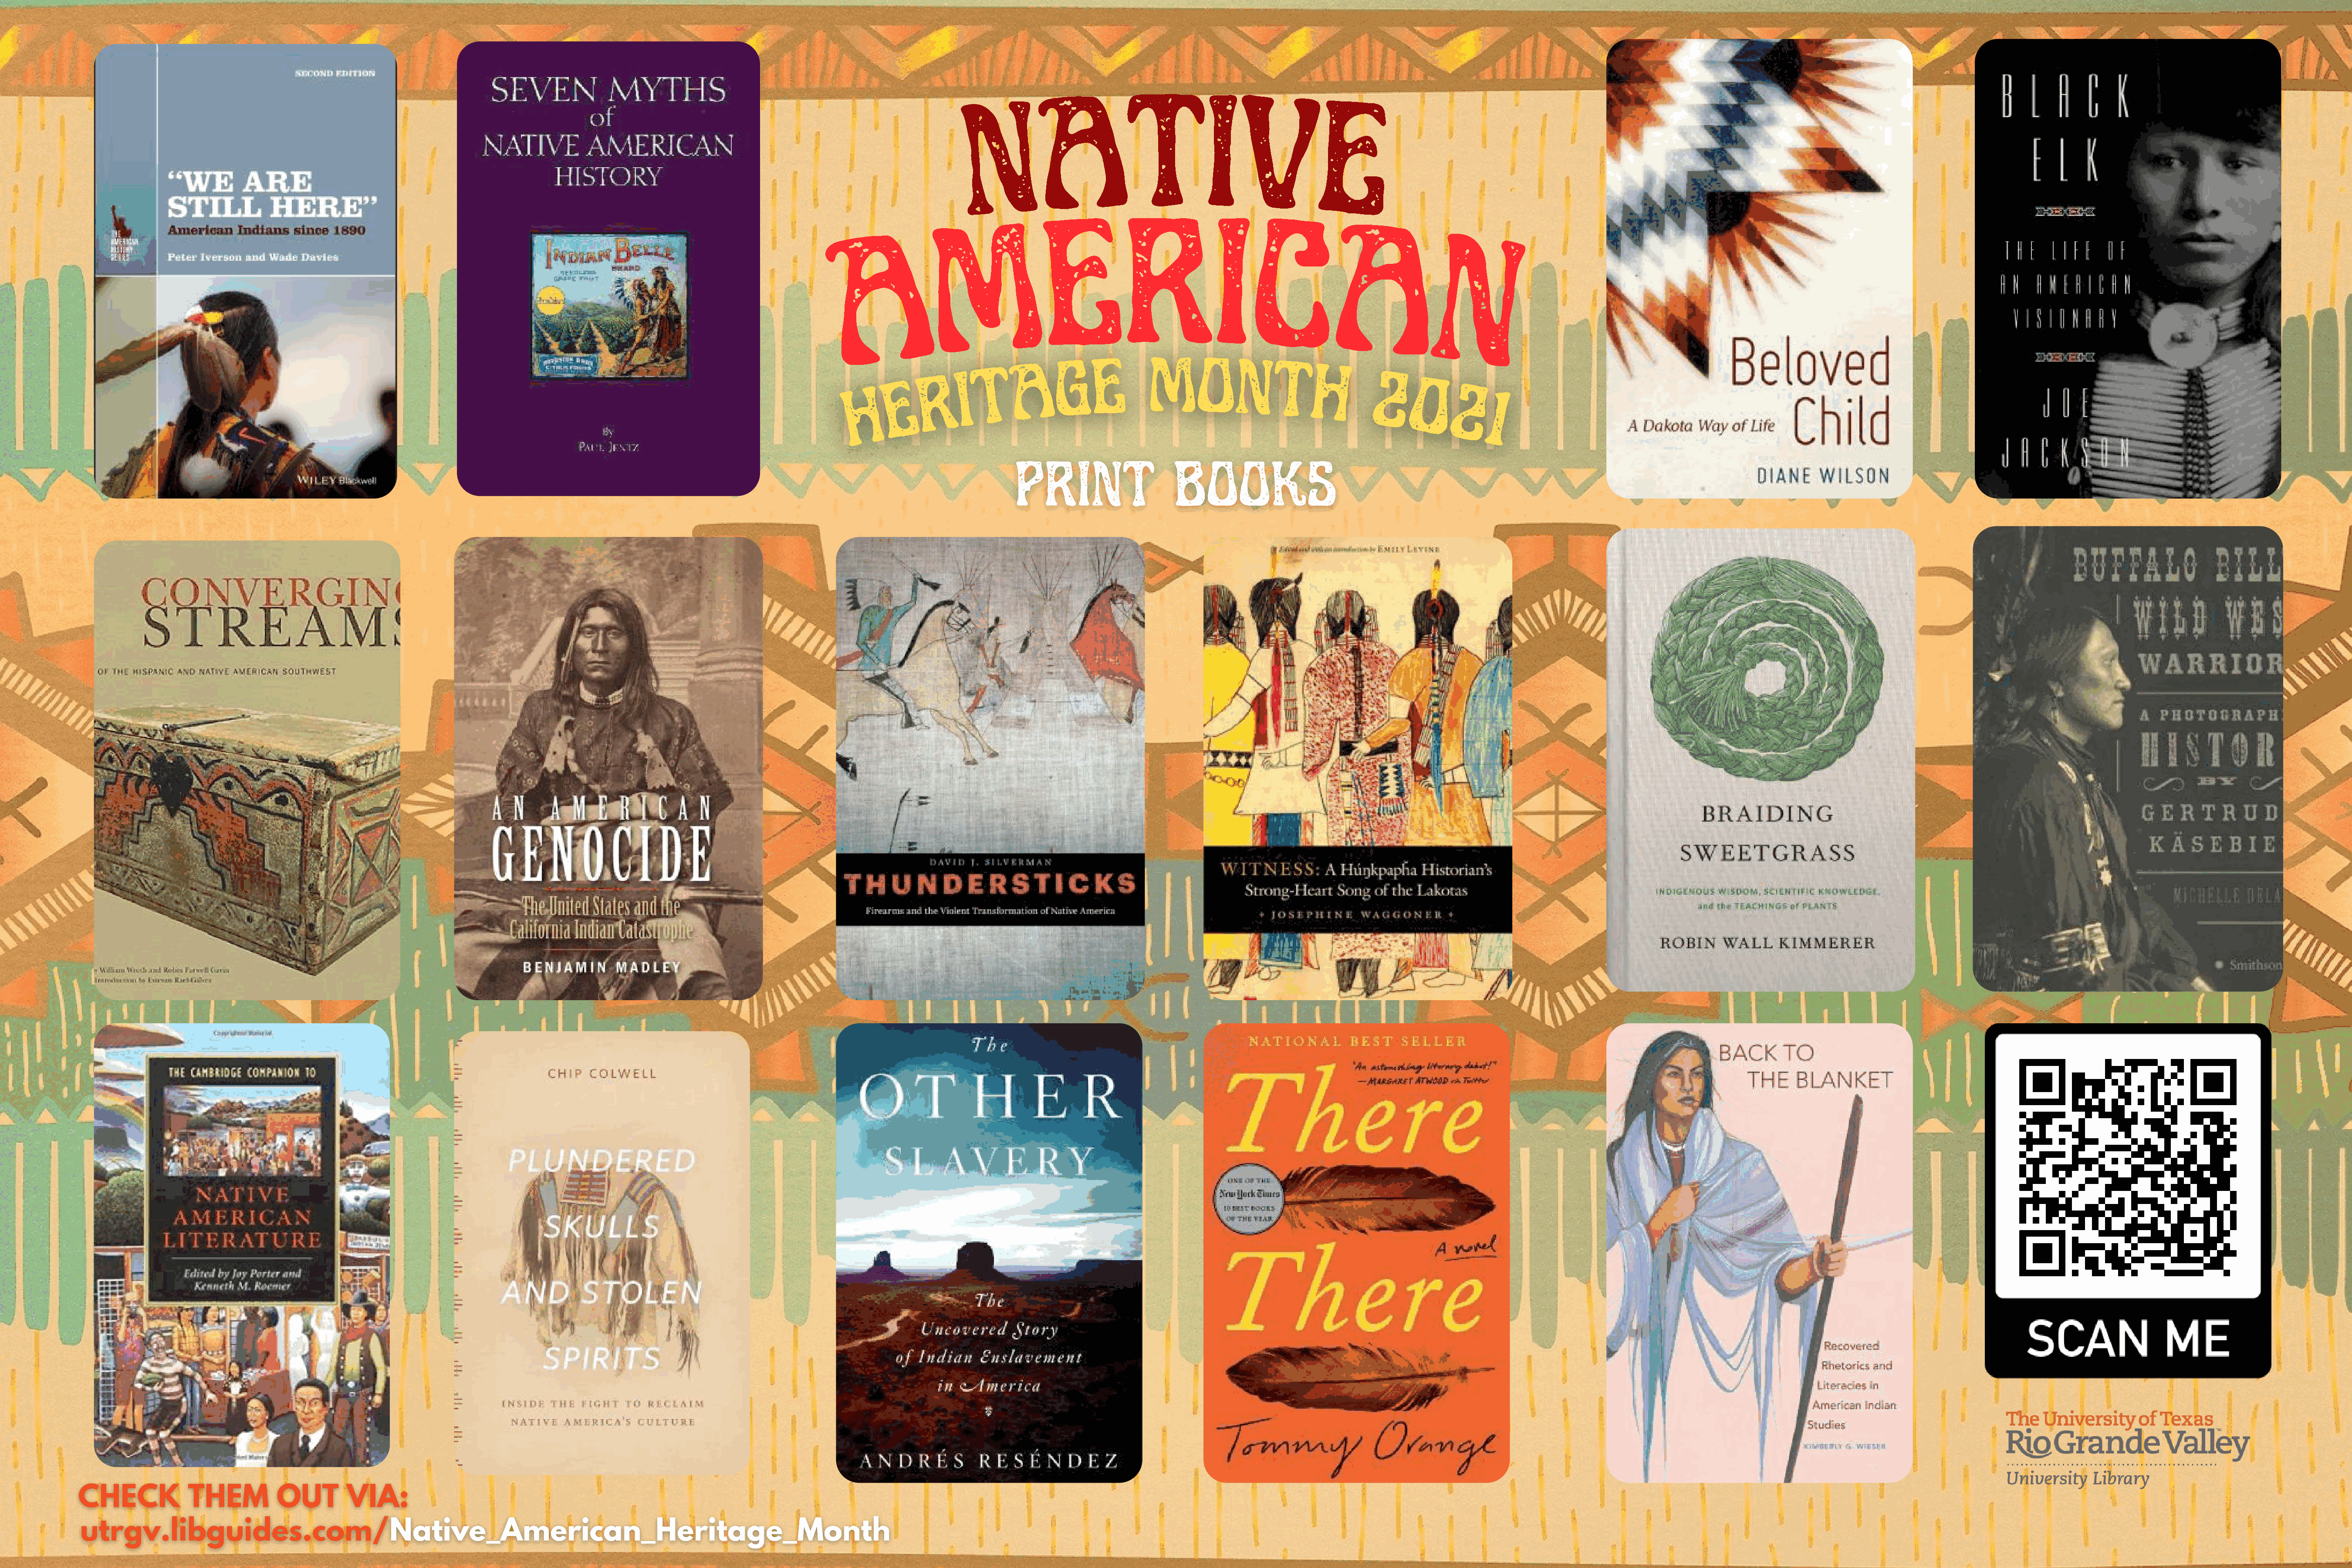
A            TI
 N                                        V
 E
 M
 E           RI
 C
 A                                                                          A
 N
 A     G     E        MON               T
 T                                                  H
 R     I                                                             2
 E                                                                              0
 H
 2
 1